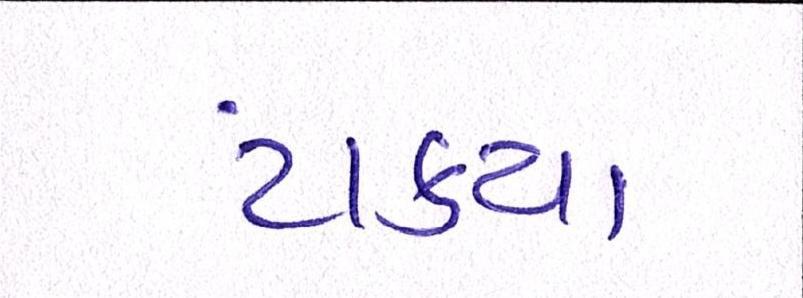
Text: ટાંક્યા